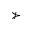
\nsucc